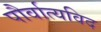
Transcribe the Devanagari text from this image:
पौर्वात्यविद